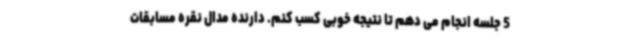
5 جلسه انجام می دهم تا نتیجه خوبی کسب کنم. دارنده مدال نقره مسابقات